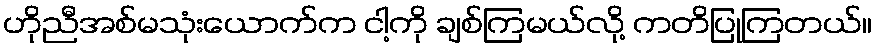
ဟိုညီအစ်မသုံးယောက်က ငါ့ကို ချစ်ကြမယ်လို့ ကတိပြုကြတယ်။